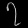
Digit: ၇